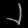
Digit: ၂